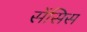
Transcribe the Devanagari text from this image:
सेंसिस